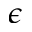
\epsilon